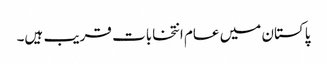
پاکستان میں عام انتخابات قریب ہیں۔